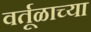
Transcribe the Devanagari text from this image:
वर्तूळाच्या